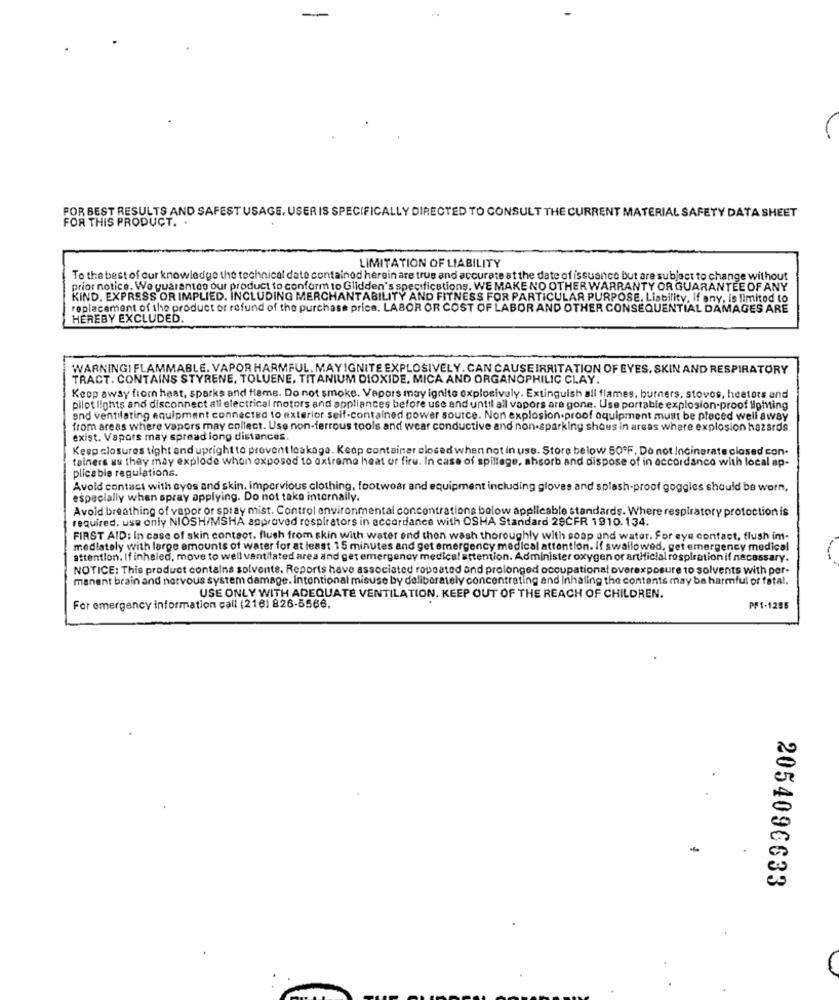
FOR BEST RESULTS AND SAFEST USAGE, USER IS SPECIFICALLY DIRECTED TO CONSULT THE CURRENT MATERIAL SAFETY DATA SHEET
FOR THIS PRODUCT ..
LIMITATION OF LIABILITY
To the best of our knowledge the technical data contained herein are true and accurate at the date of issuance but are subject to change without
prior notice. We guarantee our product to conform to Glidden's specifications, WE MAKE NO OTHER WARRANTY OR GUARANTEE OF ANY
KIND. EXPRESS OR IMPLIED, INCLUDING MERCHANTABILITY AND FITNESS FOR PARTICULAR PURPOSE. Liability, if any, is limited to
replacement of the product or refund of the purchase price. LABOR OR COST OF LABOR AND OTHER CONSEQUENTIAL DAMAGES ARE
HEREBY EXCLUDED.
WARNINGI FLAMMABLE. VAPOR HARMFUL. MAY IGNITE EXPLOSIVELY. CAN CAUSE IRRITATION OF EYES, SKIN AND RESPIRATORY
TRACT. CONTAINS STYRENE, TOLUENE, TITANIUM DIOXIDE. MICA AND ORGANOPHILIC CLAY.
Keep away from heat, sparks and flame. Do not smoke. Vapors may ignite explosivoly. Extinguish all flames, burners, stovos, heetors and
pilot lights and disconnect all electrical motors and appliances before use and until all vapors are gone. Use portable explosion-proof lighting
and ventilating equipment connected to exterior self-contained power source. Non explosion.proof equipment must be placed well away
from areas where vapors may collect. Use non-ferrous tools and wear conductive and non-sparking shous in areas where explosion hazards
exist. Vapors may spread long distances.
Keep closures tight and upright to prevent loskage. Keop container closed when not in uss. Store below 50ºF. Do not Incinerate closed con.
tainers as they may explode whon exposed to extrema heat or firu. In case of spillage, absorb and dispose of in accordance with local ap-
plicable regulations.
Avoid contact with eyes and skin. Impervious clothing, footwear and equipment including gloves and splash-proof goggles should be worn,
especially when spray applying. Do not take internally.
Avoid breathing of vapor or spray mist. Control environmental concentrations below applicable standards. Where respiratory protection is
required. use only NIOSH/MSHA approved respirators in accordance with OSHA Standard 29CFR 1910.134.
FIRST AID: In case of skin contact. flush from skin with water end thon wash thoroughly with soap and water. for eye contact, flush im-
medlately with large amounts of water for at least 15 minutes and get emergency medical attention. If swallowed, get emergency medical
attention. If inhaled, move to well ventilated area and get emergency medical attention. Administer oxygen or antHiclal rospiration if necessary.
NOTICE: This product containa solvente. Reports have associated repeated and prolonged occupational overexposure to solvents with per-
manent brain and nervous system damage. Intentional misuse by deliberately concentrating and Inhaling the contents may be harmful or fatal.
USE ONLY WITH ADEQUATE VENTILATION. KEEP OUT OF THE REACH OF CHILDREN.
For emergency information call (2161 826-5566,
PF1-1255
-
2054096633